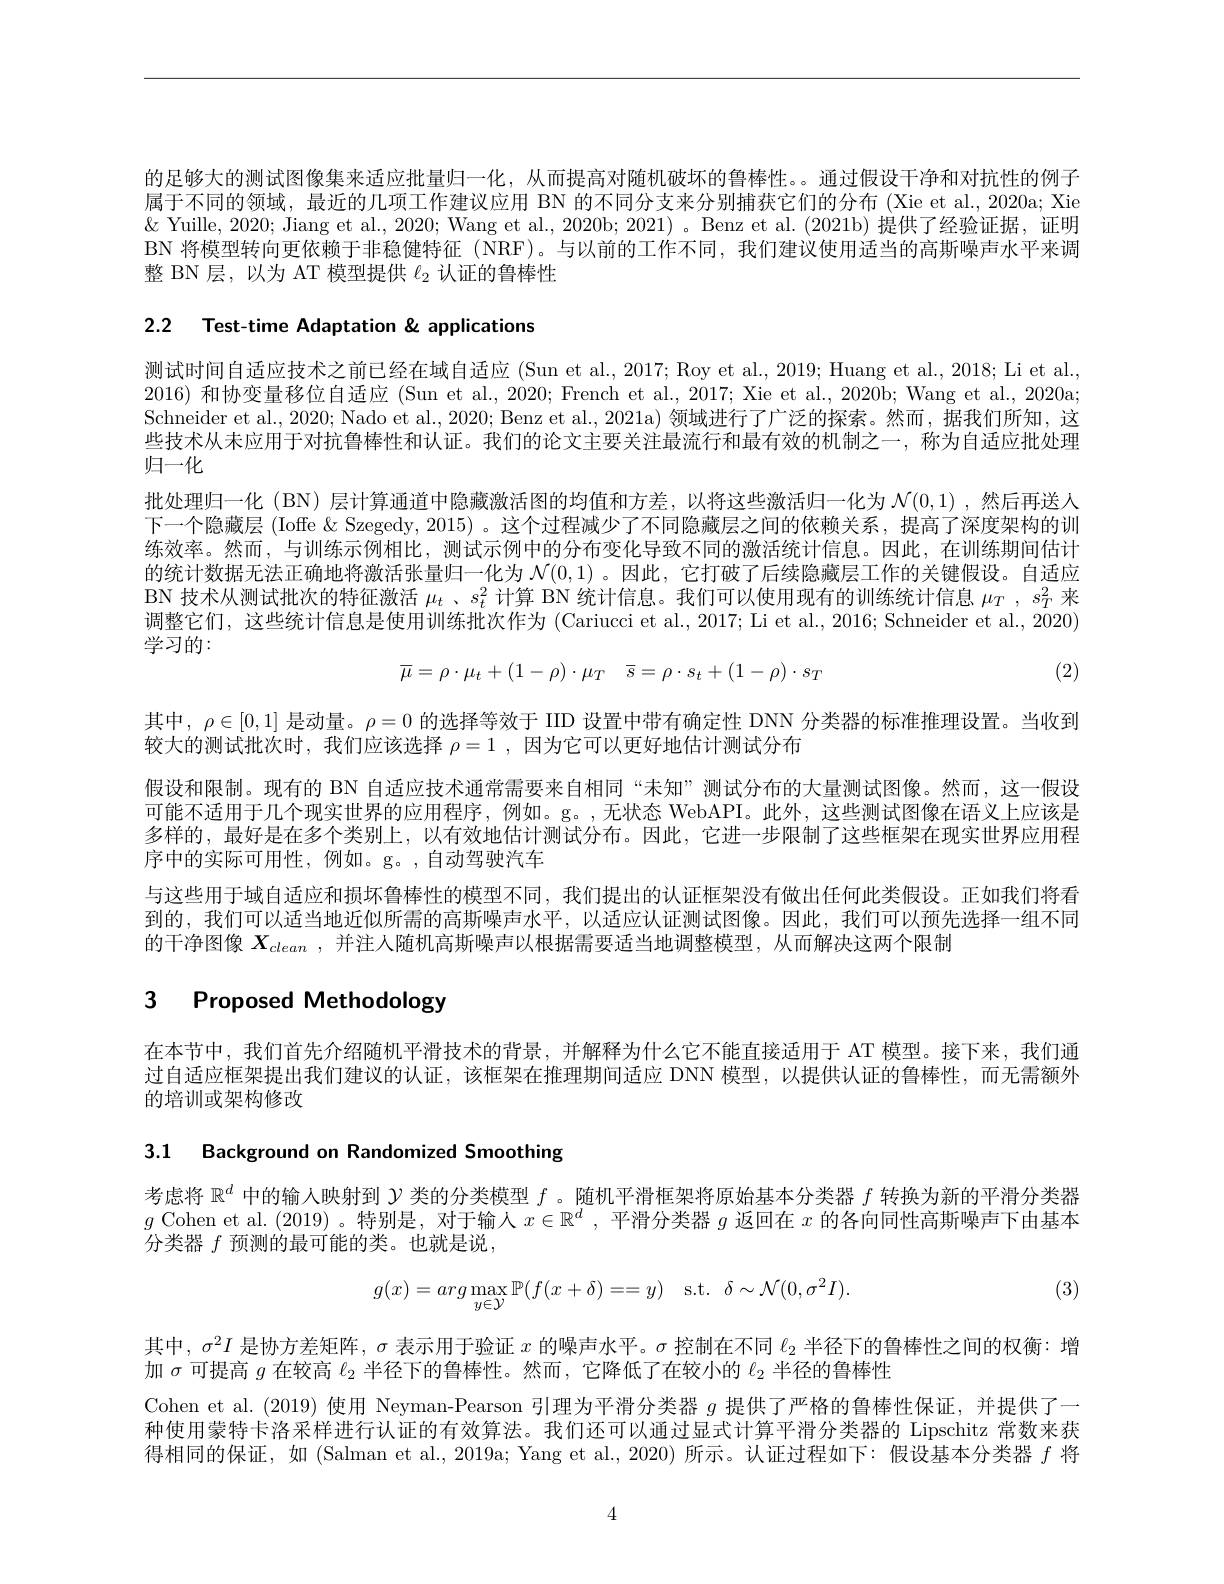
的足够大的测试图像集来适应批量归一化，从而提高对随机破坏的鲁棒性。。通过假设干净和对抗性的例子属于不同的领域，最近的儿项工作建议应用 BN 的不同分支来分别捕获它们的分布 (Xie et al., 2020a; Xie $\&$ Yuille, 2020; Jiang et al., 2020; Wang et al., 2020b; 2021)。Benz et al. (2021b) 提供了经验证据，证明BN 将模型转向更依赖于非稳健特征 (NRF)。与以前的工作不同，我们建议使用适当的高斯噪声水平来调整 BN 层，以为 AT 模型提供$\ell_2$认证的鲁棒性

2.2 Test-time Adaptation & applications

测试时间自适应技术之前已经在域自适应 (Sun et al., 2017; Roy et al., 2019; Huang et al., 2018; Li et al., 2016)和协变量移位自适应 (Sun et al., 2020; French et al., 2017; Xie et al., 2020b; Wang et al., 2020a; Schneider et al., 2020; Nado et al., 2020; Benz et al., 2021a) 领域进行了广泛的探索。然而，据我们所知，这些技术从未应用于对抗鲁棒性和认证。我们的论文主要关注最流行和最有效的机制之一，称为自适应批处理归一化
批处理归一化 (BN) 层计算通道中隐藏激活图的均值和方差，以将这些激活归一化为$\mathcal{N}(0,1)$ ,然后再送人下一个隐藏层 (Ioffe & Szegedy, 2015) 。这个过程减少了不同隐藏层之间的依赖关系，提高了深度架构的训练效率。然而，与训练示例相比，测试示例中的分布变化导致不同的激活统计信息。因此，在训练期间估计的统计数据无法正确地将激活张量归一化为$\mathcal{N}(0,1)$ 。因此，它打破了后续隐藏层工作的关键假设。自适应BN 技术从测试批次的特征激活$\mu_t$ 、$s_t^2$计算 BN 统计信息。我们可以使用现有的训练统计信息$\mu_T,s_T^2$来调整它们，这些统计信息是使用训练批次作为 (Cariucci et al., 2017; Li et al., 2016; Schneider et al., 2020) 学习的：
$$\overline{\mu}=\rho\cdot\mu_t+(1-\rho)\cdot\mu_T\quad\overline{s}=\rho\cdot s_t+(1-\rho)\cdot s_T$$
(2)
其中，$\rho\in[0,1]$是动量。$\rho=0$的选择等效于 IID 设置中带有确定性 DNN 分类器的标准推理设置。当收到
较大的测试批次时，我们应该选择 $\rho = 1$ , 因为它可以更好地估计测试分布
假设和限制。现有的 BN 自适应技术通常需要来自相同“未知”测试分布的大量测试图像。然而，这一假设可能不适用于几个现实世界的应用程序，例如。g。,无状态 WebAPI。此外，这些测试图像在语义上应该是多样的，最好是在多个类别上，以有效地估计测试分布。因此，它进一步限制了这些框架在现实世界应用程序中的实际可用性，例如。g。,自动驾驶汽车
与这些用于域自适应和损坏鲁棒性的模型不同，我们提出的认证框架没有做出任何此类假设。正如我们将看到的，我们可以适当地近似所需的高斯噪声水平，以适应认证测试图像。因此，我们可以预先选择一组不同的干净图像$X_{clean}$ ,并注人随机高斯噪声以根据需要适当地调整模型，从而解决这两个限制

# 3 Proposed Methodology

在本节中，我们首先介绍随机平滑技术的背景，并解释为什么它不能直接适用于 AT 模型。接下来，我们通过自适应框架提出我们建议的认证，该框架在推理期间适应 DNN 模型，以提供认证的鲁棒性，而无需额外的培训或架构修改

3.1 Background on Randomized Smoothing

考虑将$\mathbb{R}^d$中的输入映射到$\mathcal{Y}$类的分类模型$f$ 。随机平滑框架将原始基本分类器$f$转换为新的平滑分类器$g$ Cohen et al. (2019) 。特别是，对于输人$x\in\mathbb{R}^d$,平滑分类器$g$返回在$x$的各向同性高斯噪声下由基本分类器$f$预测的最可能的类。也就是说，

(3)
$$g(x)=arg\max_{y\in\mathcal{Y}}\mathbb{P}(f(x+\delta)==y)\quad\mathrm{s.t.}\:\delta\sim\mathcal{N}(0,\sigma^2I).$$
其中，$\sigma^2I$是协方差矩阵，$\sigma$表示用于验证$x$的噪声水平。$\sigma$控制在不同$\ell_{2}$半径下的鲁棒性之间的权衡：增
加$\sigma$可提高$g$在较高$\ell_2$半径下的鲁棒性。然而，它降低了在较小的$\ell_2$半径的鲁棒性
Cohen et al.(2019)使用 Neyman-Pearson 引理为平滑分类器$g$提供了严格的鲁棒性保证，并提供了一种使用蒙特卡洛采样进行认证的有效算法。我们还可以通过显式计算平滑分类器的 Lipschitz 常数来获得相同的保证，如 (Salman et al., 2019a; Yang et al., 2020) 所示。认证过程如下：假设基本分类器$f$将

4